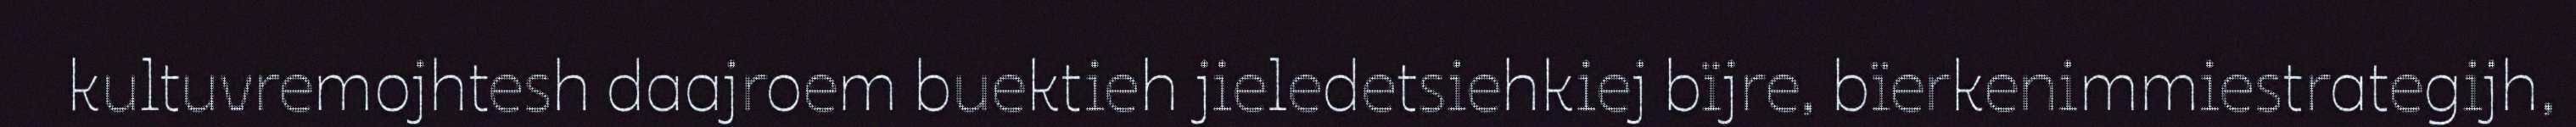
kultuvremojhtesh daajroem buektieh jieledetsiehkiej bïjre, bïerkenimmiestrategijh,